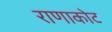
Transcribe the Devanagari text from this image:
राणाकोट